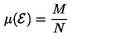
\mu ( { \cal E } ) = { \frac { M } { N } }